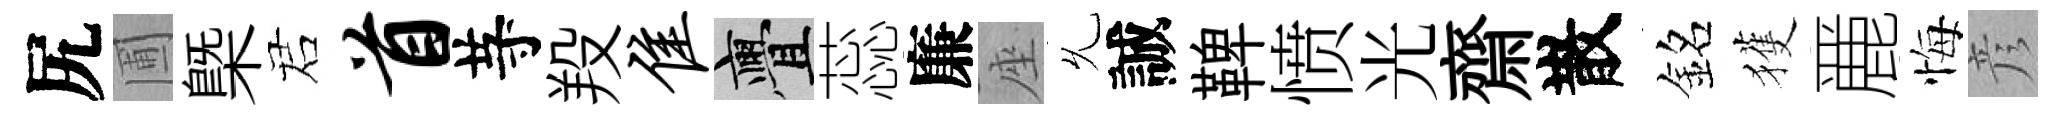
尻圃槩诺首䒭羖隹亹蕊廉座𠃔誠鞞愤光齋散銘獲䴡悔彦